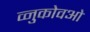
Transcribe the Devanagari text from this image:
व्नुकोवओ